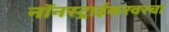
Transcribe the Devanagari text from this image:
नॉनस्ट्राईकरवरचा